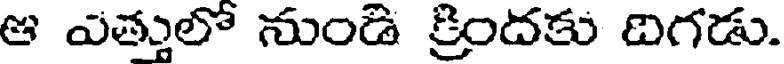
ఆ ఎత్తులో నుండి క్రిందకు దిగడు.